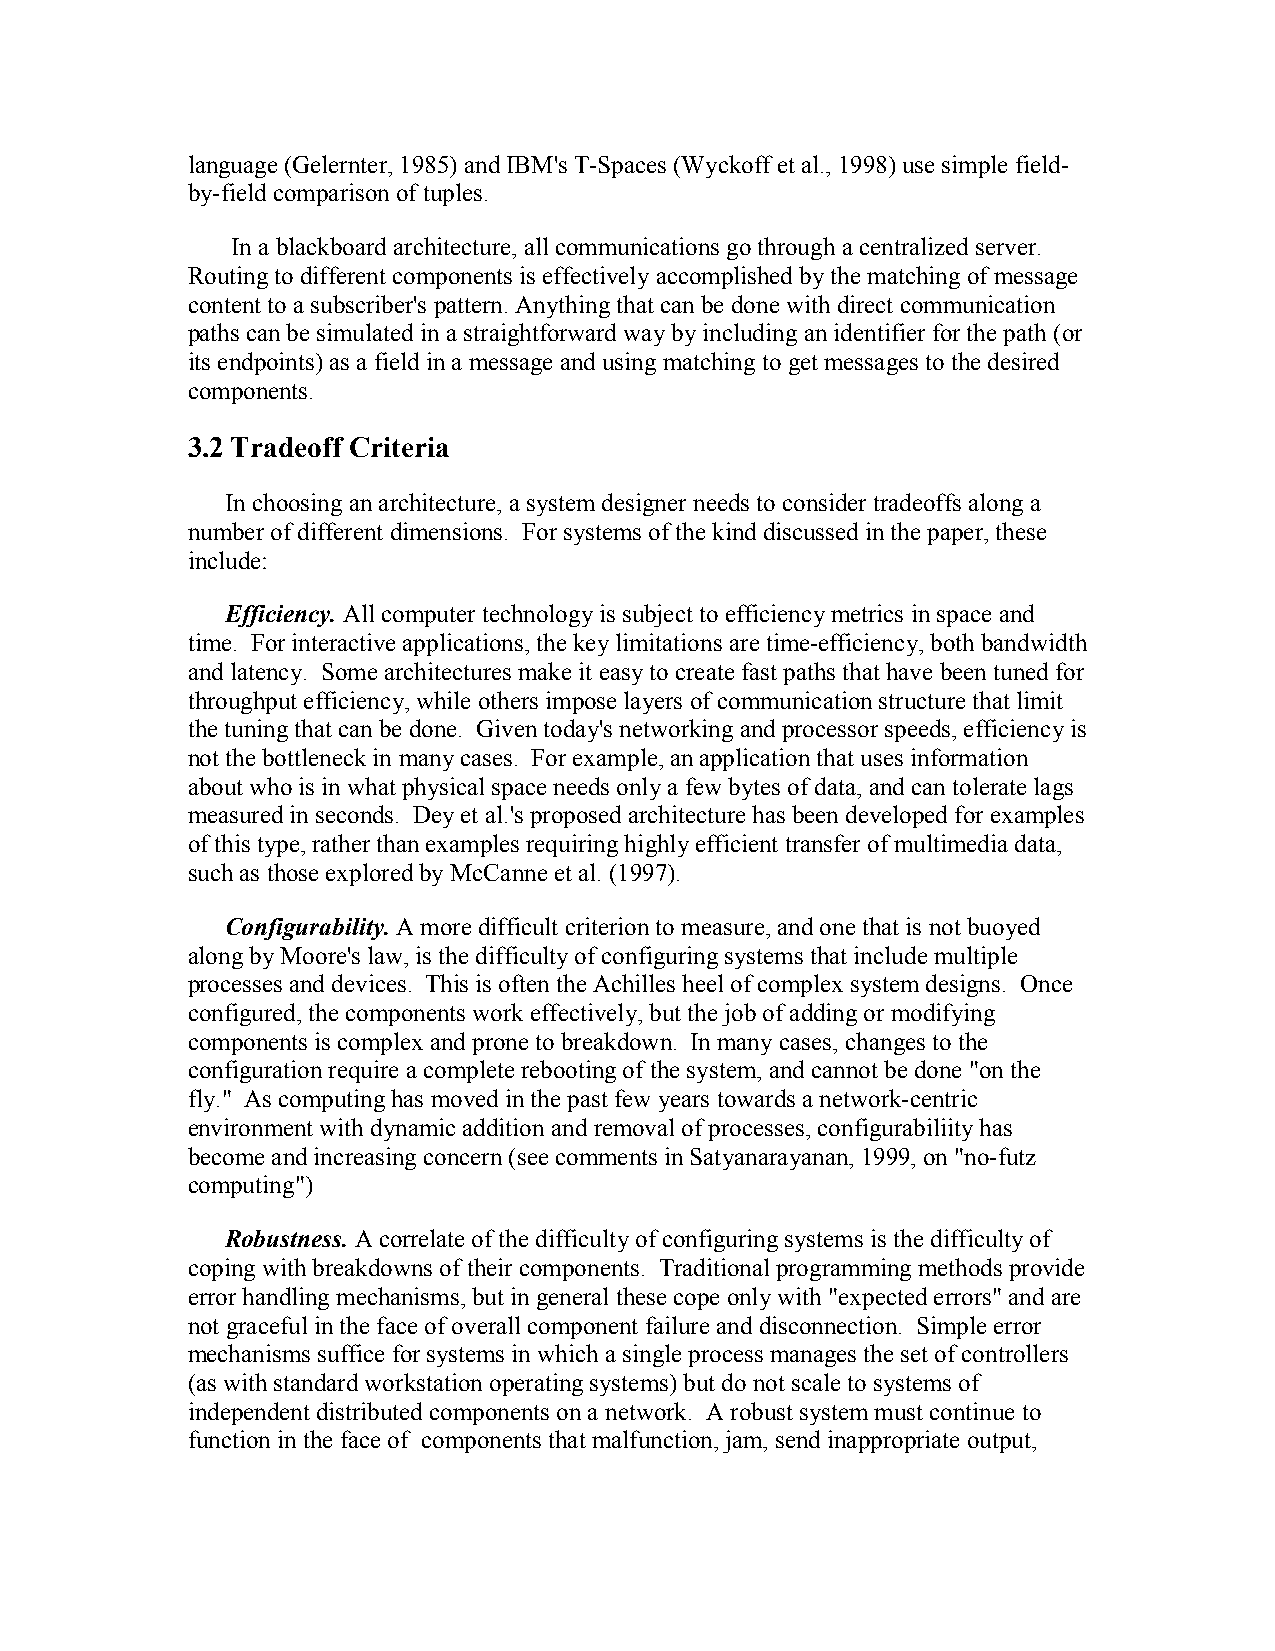
language (Gelernter, 1985) and IBM's T-Spaces (Wyckoff et al., 1998) use simple field-
 by-field comparison of tuples.
 In a blackboard architecture, all communications go through a centralized server.
 Routing to different components is effectively accomplished by the matching of message
 content to a subscriber's pattern. Anything that can be done with direct communication
 paths can be simulated in a straightforward way by including an identifier for the path (or
 its endpoints) as a field in a message and using matching to get messages to the desired
 components.
 3.2 Tradeoff Criteria
 In choosing an architecture, a system designer needs to consider tradeoffs along a
 number of different dimensions. For systems of the kind discussed in the paper, these
 include:
 Efficiency. All computer technology is subject to efficiency metrics in space and
 time. For interactive applications, the key limitations are time-efficiency, both bandwidth
 and latency. Some architectures make it easy to create fast paths that have been tuned for
 throughput efficiency, while others impose layers of communication structure that limit
 the tuning that can be done. Given today's networking and processor speeds, efficiency is
 not the bottleneck in many cases. For example, an application that uses information
 about who is in what physical space needs only a few bytes of data, and can tolerate lags
 measured in seconds. Dey et al.'s proposed architecture has been developed for examples
 of this type, rather than examples requiring highly efficient transfer of multimedia data,
 such as those explored by McCanne et al. (1997).
 Configurability. A more difficult criterion to measure, and one that is not buoyed
 along by Moore's law, is the difficulty of configuring systems that include multiple
 processes and devices. This is often the Achilles heel of complex system designs. Once
 configured, the components work effectively, but the job of adding or modifying
 components is complex and prone to breakdown. In many cases, changes to the
 configuration require a complete rebooting of the system, and cannot be done "on the
 fly." As computing has moved in the past few years towards a network-centric
 environment with dynamic addition and removal of processes, configurabiliity has
 become and increasing concern (see comments in Satyanarayanan, 1999, on "no-futz
 computing")
 Robustness. A correlate of the difficulty of configuring systems is the difficulty of
 coping with breakdowns of their components. Traditional programming methods provide
 error handling mechanisms, but in general these cope only with "expected errors" and are
 not graceful in the face of overall component failure and disconnection. Simple error
 mechanisms suffice for systems in which a single process manages the set of controllers
 (as with standard workstation operating systems) but do not scale to systems of
 independent distributed components on a network. A robust system must continue to
 function in the face of components that malfunction, jam, send inappropriate output,